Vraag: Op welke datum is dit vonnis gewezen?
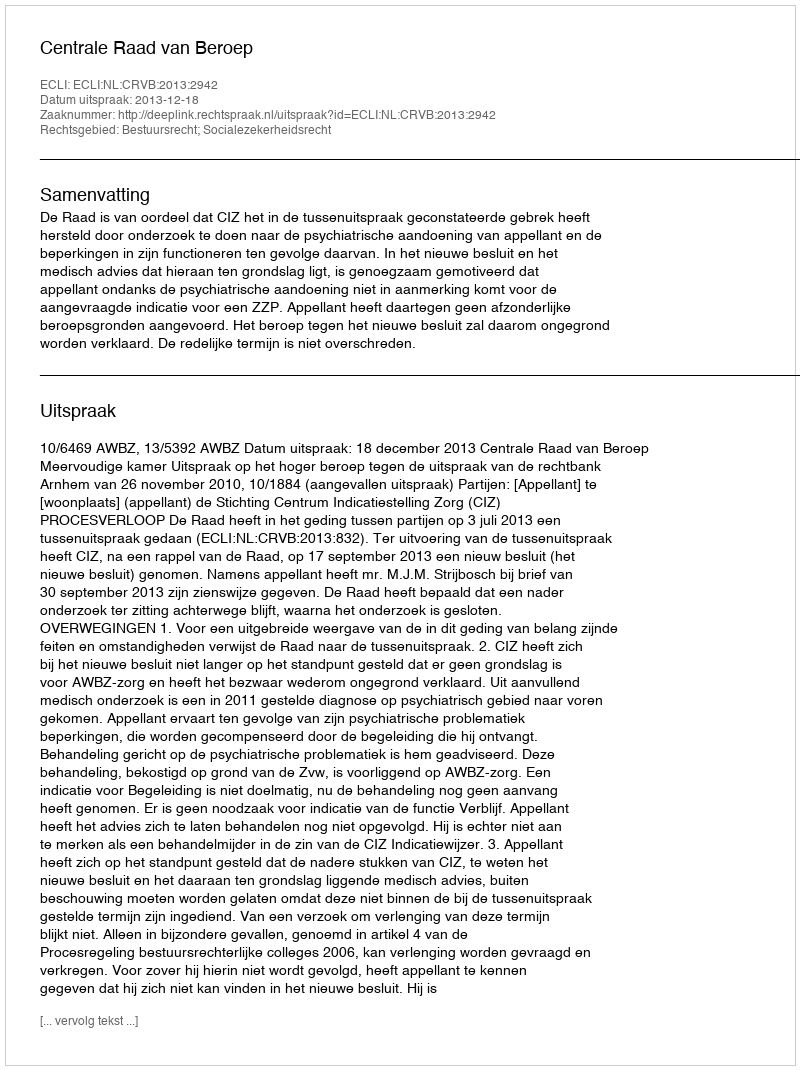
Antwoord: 2013-12-18